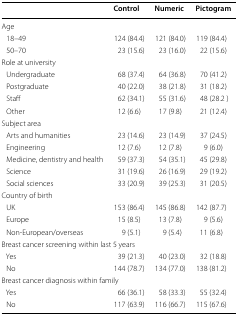
<table><thead><tr><td></td><td><b>Control</b></td><td><b>Numeric</b></td><td><b>Pictogram</b></td></tr></thead><tbody><tr><td colspan="4">Age</td></tr><tr><td> 18–49</td><td>124 (84.4)</td><td>121 (84.0)</td><td>119 (84.4)</td></tr><tr><td> 50–70</td><td>23 (15.6)</td><td>23 (16.0)</td><td>22 (15.6)</td></tr><tr><td colspan="4">Role at university</td></tr><tr><td> Undergraduate</td><td>68 (37.4)</td><td>64 (36.8)</td><td>70 (41.2)</td></tr><tr><td> Postgraduate</td><td>40 (22.0)</td><td>38 (21.8)</td><td>31 (18.2)</td></tr><tr><td> Staff</td><td>62 (34.1)</td><td>55 (31.6)</td><td>48 (28.2 )</td></tr><tr><td> Other</td><td>12 (6.6)</td><td>17 (9.8)</td><td>21 (12.4)</td></tr><tr><td colspan="4">Subject area</td></tr><tr><td> Arts and humanities</td><td>23 (14.6)</td><td>23 (14.9)</td><td>37 (24.5)</td></tr><tr><td> Engineering</td><td>12 (7.6)</td><td>12 (7.8)</td><td>9 (6.0)</td></tr><tr><td> Medicine, dentistry and health</td><td>59 (37.3)</td><td>54 (35.1)</td><td>45 (29.8)</td></tr><tr><td> Science</td><td>31 (19.6)</td><td>26 (16.9)</td><td>29 (19.2)</td></tr><tr><td> Social sciences</td><td>33 (20.9)</td><td>39 (25.3)</td><td>31 (20.5)</td></tr><tr><td colspan="4">Country of birth</td></tr><tr><td> UK</td><td>153 (86.4)</td><td>145 (86.8)</td><td>142 (87.7)</td></tr><tr><td> Europe</td><td>15 (8.5)</td><td>13 (7.8)</td><td>9 (5.6)</td></tr><tr><td> Non-European/overseas</td><td>9 (5.1)</td><td>9 (5.4)</td><td>11 (6.8)</td></tr><tr><td colspan="4">Breast cancer screening within last 5 years</td></tr><tr><td> Yes</td><td>39 (21.3)</td><td>40 (23.0)</td><td>32 (18.8)</td></tr><tr><td> No</td><td>144 (78.7)</td><td>134 (77.0)</td><td>138 (81.2)</td></tr><tr><td colspan="4">Breast cancer diagnosis within family</td></tr><tr><td> Yes</td><td>66 (36.1)</td><td>58 (33.3)</td><td>55 (32.4)</td></tr><tr><td> No</td><td>117 (63.9)</td><td>116 (66.7)</td><td>115 (67.6)</td></tr></tbody></table>